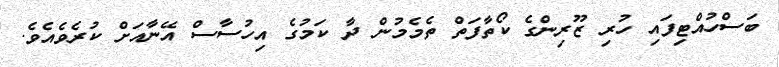
ބަސްހުއްޓިފައި ހުރި ޒޫރިންގެ ކޯތާފަތް ތެމެމުން ދާ ކަމުގެ އިހުސާސް އޭނާއަށް ކުރެވެއެވެ.